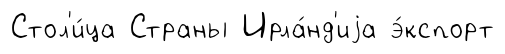
Стол'и́ца Страны Ирла́нд'иjа э́кспорт